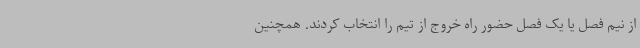
از نیم فصل یا یک فصل حضور راه خروج از تیم را انتخاب کردند. همچنین